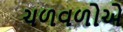
ચળવળોએ